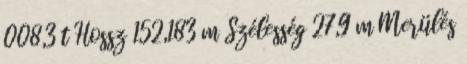
008,3 t Hossz 152,183 m Szélesség 27,9 m Merülés